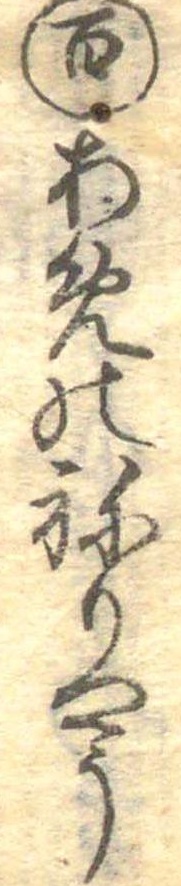
百あめのねりやう